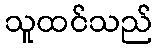
သူထင်သည်